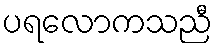
ပရလောကသညီ